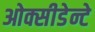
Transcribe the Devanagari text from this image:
ओक्सीडेन्टे